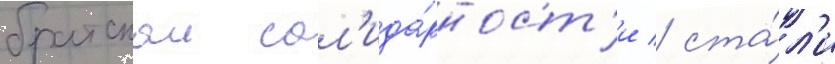
братскои сол'ида́рност'и / ста́л'и